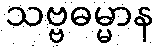
သဗ္ဗဓမ္မာန